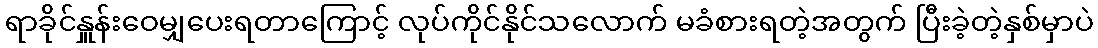
ရာခိုင်နှူန်းဝေမျှပေးရတာကြောင့် လုပ်ကိုင်နိုင်သလောက် မခံစားရတဲ့အတွက် ပြီးခဲ့တဲ့နှစ်မှာပဲ